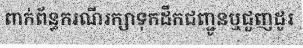
ពាក់ព័ន្ធករណីរក្សាទុកដឹកជញ្ជូនឬជួញដូរ